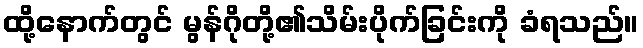
ထို့နောက်တွင် မွန်ဂိုတို့၏သိမ်းပိုက်ခြင်းကို ခံရသည်။